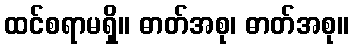
ထင်စရာမရှိ။ ဓာတ်အစု၊ ဓာတ်အစု။